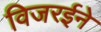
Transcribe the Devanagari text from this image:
विजरईने